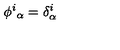
\phi ^ { i } { } _ { \alpha } = \delta _ { \alpha } ^ { i }